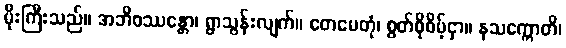
မိုးကြီးသည်။ အဘိဝဿန္တော၊ ရွာသွန်းလျက်။ တေမေတုံ၊ စွတ်စိုစိမ့်ငှာ။ နသက္ကောတိ၊